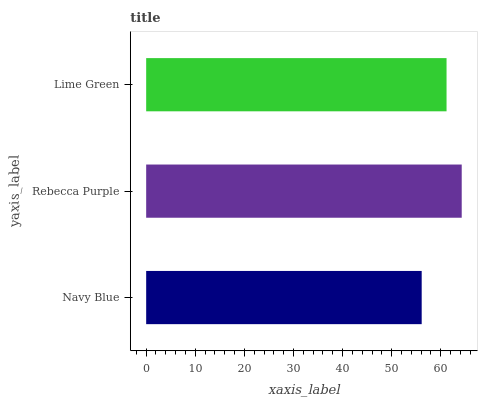
| yaxis_label | bars |
 | --- | --- |
 | Navy Blue | 56.1 |
 | Rebecca Purple | 64.3 |
 | Lime Green | 61.2 |